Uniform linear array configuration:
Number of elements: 24
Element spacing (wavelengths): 0.5
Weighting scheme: cosine
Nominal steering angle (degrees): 0
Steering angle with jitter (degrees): -1.746
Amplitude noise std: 0.05
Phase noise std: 0.05

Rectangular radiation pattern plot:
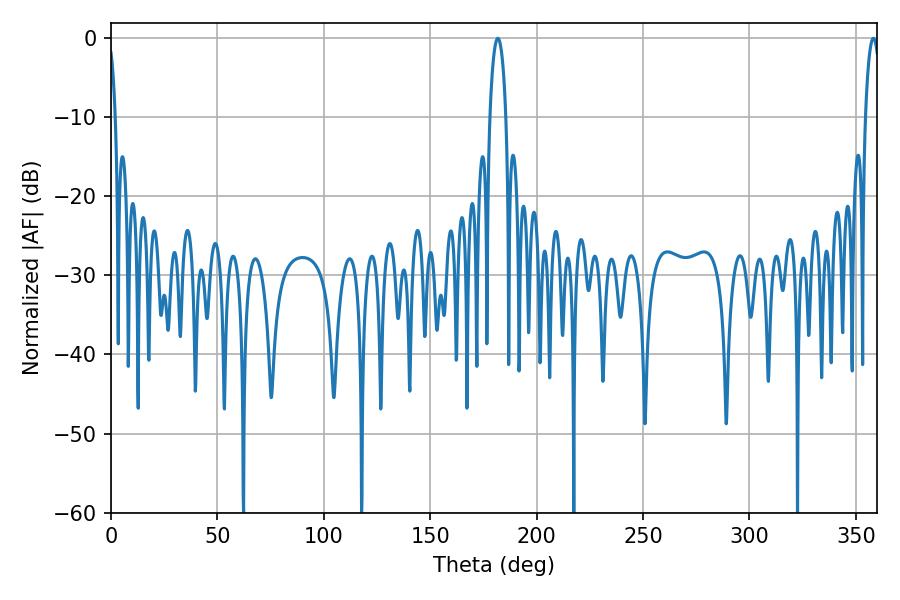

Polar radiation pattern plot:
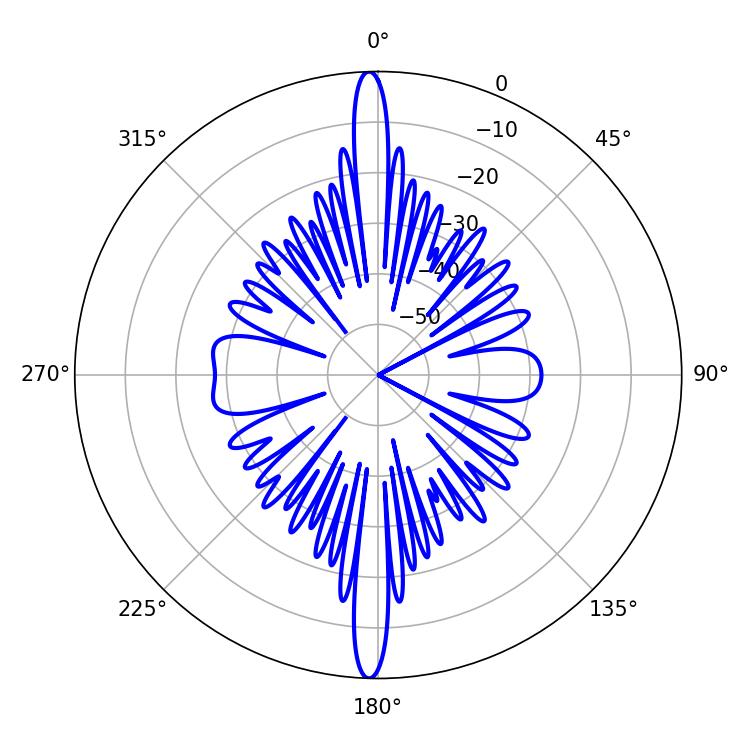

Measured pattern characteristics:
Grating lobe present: FALSE
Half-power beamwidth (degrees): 3.96
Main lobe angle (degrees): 358.2